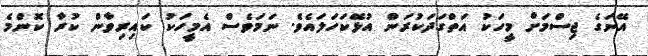
އޭނަގެ ޖިސްމަށް މީހަކު އަތްގަދަކުރަން އުޅޭކަހަލައެވެ. ނަމަވެސް އެމީހަކު ކައިރިވާން ކުރާ ކޮންމެ